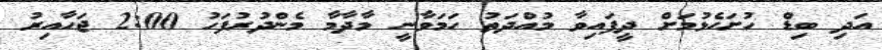
އަދި ބިޑް ހުށަހެޅުމަށް ދީފައިވާ މުއްދަތު ހަމަވާނީ މާދާމާ މެންދުރުފަހު 2:00 ޖަހާއިރު